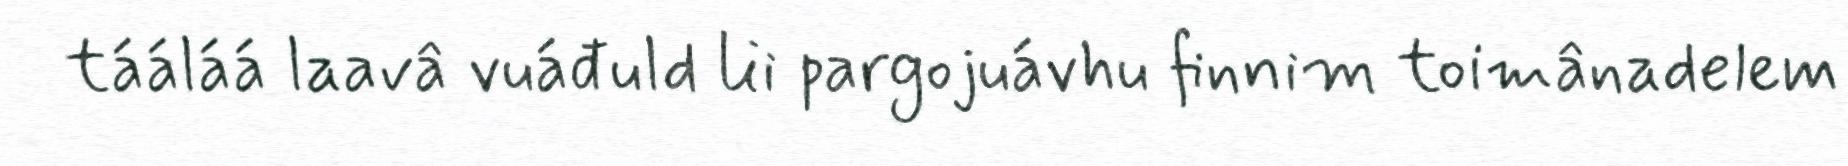
tááláá laavâ vuáđuld lii pargojuávhu finnim toimânadelem